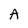
Character: A